Report on the working of the mental hospitals for Indians in Bihar and Orissa - 1925-1929
Year: 1925
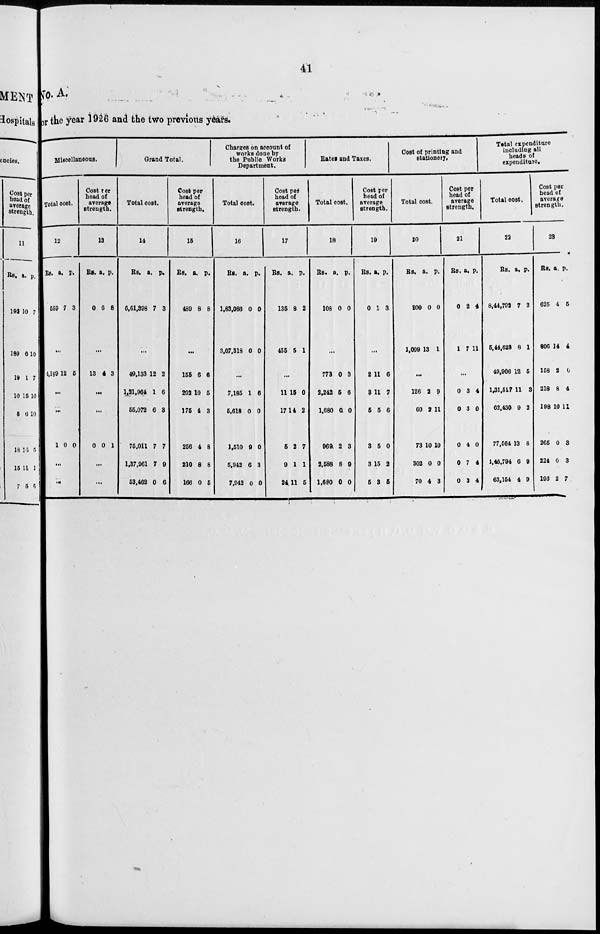
41
No. A.
or the year 1926 and the two previous years.
Miscellaneous.
Total cost.
12
Rs.
559
a.
7
p.
3
...
4,189 12 5
...
...
1 0 0
...
...
Cost per
head of
average
strength.
13
Rs.
0
a.
6
p.
8
...
13 4 3
...
...
0 0 1
...
...
Grand Total.
Total cost.
14
Rs.
6,61,398
a.
7
p.
3
...
49,133
1,21,964
55,072
75,011
1,37,961
53,462
12
1
6
7
7
0
2
6
3
7
9
6
Cost per
head of
average
strength.
15
Rs.
489
a.
8
p.
8
...
155
202
175
256
210
166
6
10
4
4
8
0
6
5
3
8
8
5
Charges on account of
works done by
the Public Works
Department.
Total cost.
16
Rs.
1,83,086
3,07,318
a.
0
0
p.
0
0
...
7,185
5,618
1,510
5,942
7,942
1
0
9
6
0
6
0
0
3
0
Cost per
head of
average
strength.
17
Rs.
135
455
a.
8
5
p.
2
1
...
11
17
5
9
24
15
14
2
1
11
0
2
7
1
5
Rates and Taxes.
Total cost.
18
Rs.
108
a.
0
p.
0
...
773
2,242
1,680
969
2,588
1,680
0
5
0
2
8
0
3
6
0
3
9
0
Cost per
head of
average
strength.
19
Rs.
0
a.
1
p.
3
...
2
3
5
3
3
5
11
11
5
5
15
3
6
7
6
0
2
5
Cost of printing and
stationery.
Total cost.
20
Rs.
200
1,009
a.
0
13
p.
0
1
...
126
60
73
302
70
2
2
10
0
4
9
11
10
0
3
Cost per
head of
average
strength.
21
Rs.
0
1
a.
2
7
p.
4
11
...
0
0
0
0
0
3
3
4
7
3
4
0
0
4
4
Total expenditure
including all
heads of
expenditure.
Total cost.
22
Rs.
8,44,792
5,44,623
49,906
1,31,517
62,430
77,564
1,46,794
63,154
a.
7
8
12
11
9
13
6
4
p.
3
1
5
3
2
8
9
9
Cost per
head of
average
strength.
23
Rs.
625
806
158
218
198
265
224
196
a.
4
14
2
8
10
0
0
2
p.
5
4
0
4
11
3
3
7